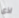
اذى